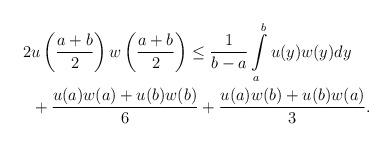
LaTeX: \begin{align*}\begin{aligned} 2 &u\left(\frac{a+b}{2}\right) w\left(\frac{a+b}{2}\right) \leq \frac{1}{b-a}\int\limits^b_a u(y)w(y)dy \\& +\frac{u(a)w(a)+u(b)w(b)}{6} + \frac{u(a)w(b)+u(b)w(a)}{3}.\end{aligned}\end{align*}